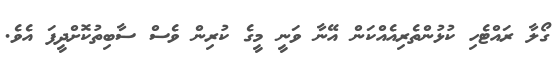
ގޯލާ ރައްޓެހި ކުޅުންތެރިއެއްކަން އޭނާ ވަނީ މީގެ ކުރިން ވެސް ސާބިތުކޮށްދީފަ އެވެ.